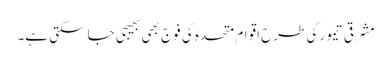
مشرقی تیمور کی طرح اقوام متحدہ کی فوج بھی بھیجی جا سکتی ہے۔